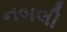
નબલી